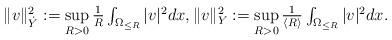
LaTeX: \begin{align*} \textstyle \|v\|_{\dot Y}^{2}:= \sup\limits_{R>0}\frac{1}{R}\int_{\Omega_{\le R}} |v|^{2}dx, \|v\|_{Y}^{2}:= \sup\limits_{R>0} \frac{1}{\langle R\rangle}\int_{\Omega_{\le R}} |v|^{2}dx.\end{align*}